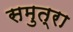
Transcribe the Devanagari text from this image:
समुत्रा